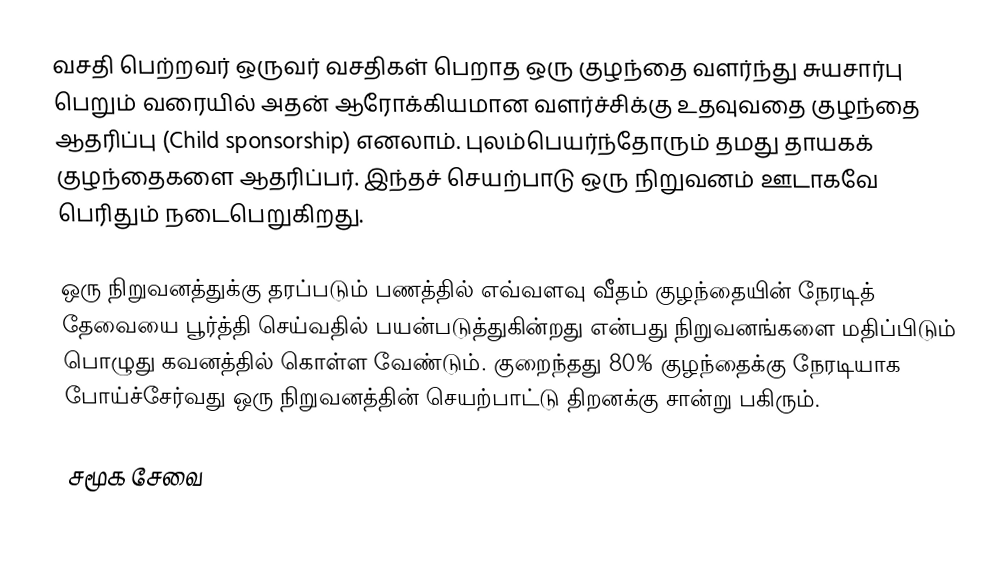
வசதி பெற்றவர் ஒருவர் வசதிகள் பெறாத ஒரு குழந்தை வளர்ந்து சுயசார்பு பெறும் வரையில் அதன் ஆரோக்கியமான வளர்ச்சிக்கு உதவுவதை குழந்தை ஆதரிப்பு (Child sponsorship) எனலாம். புலம்பெயர்ந்தோரும் தமது தாயகக் குழந்தைகளை ஆதரிப்பர். இந்தச் செயற்பாடு ஒரு நிறுவனம் ஊடாகவே பெரிதும் நடைபெறுகிறது.

ஒரு நிறுவனத்துக்கு தரப்படும் பணத்தில் எவ்வளவு வீதம் குழந்தையின் நேரடித் தேவையை பூர்த்தி செய்வதில் பயன்படுத்துகின்றது என்பது நிறுவனங்களை மதிப்பிடும் பொழுது கவனத்தில் கொள்ள வேண்டும்.  குறைந்தது 80% குழந்தைக்கு நேரடியாக போய்ச்சேர்வது ஒரு நிறுவனத்தின் செயற்பாட்டு திறனக்கு சான்று பகிரும்.

சமூக சேவை